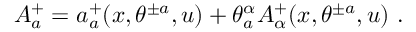
A _ { a } ^ { + } = a _ { a } ^ { + } ( x , \theta ^ { \pm a } , u ) + \theta _ { a } ^ { \alpha } A _ { \alpha } ^ { + } ( x , \theta ^ { \pm a } , u ) \ .